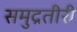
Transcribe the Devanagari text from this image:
समुद्रतीरी